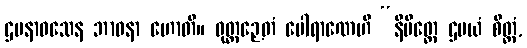
ဌပနာဝသေန ဘာဝနာ ဟောတိ။ ဝုတ္တဉှေတံ ပေါရာဏေဟိ “နိမိတ္တေ ဌပယံ စိတ္တံ,